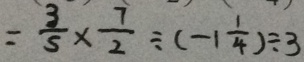
= \frac { 3 } { 5 } \times \frac { 7 } { 2 } \div ( - 1 \frac { 1 } { 4 } ) \div 3